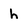
Character: h